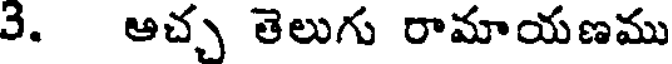
3. ఆచ్చ తెలుగు రామాయణము